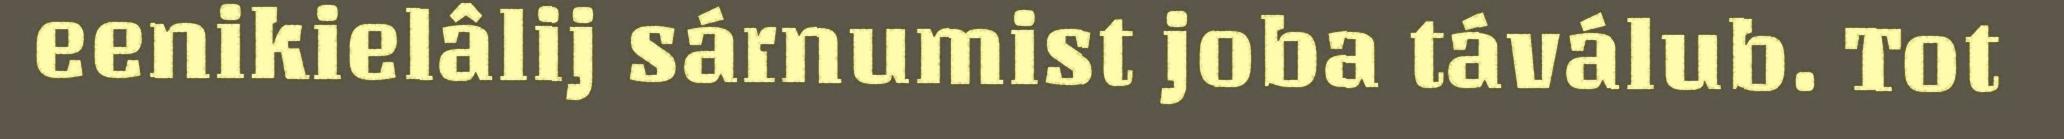
eenikielâlij sárnumist joba táválub. Tot